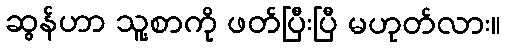
ဆွန်ဟာ သူ့စာကို ဖတ်ပြီးပြီ မဟုတ်လား။